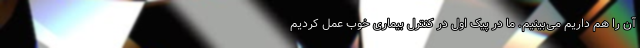
آن را هم داریم می‌بینیم. ما در پیک اول در کنترل بیماری خوب عمل کردیم